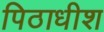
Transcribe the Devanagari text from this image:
पिठाधीश